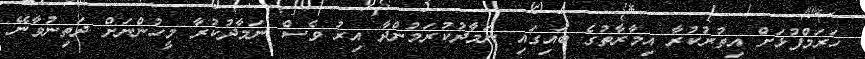
ހަރަމްފުޅަށް އިތުރުކުރާ އިމާރާތުގެ ބައިގައި ނަމާދުކުރަމުންދާ އިރު ވެސް ނަމާދުކުރާ މީހުންނަށް ދަތިނުވާނޭ